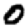
Digit: 0